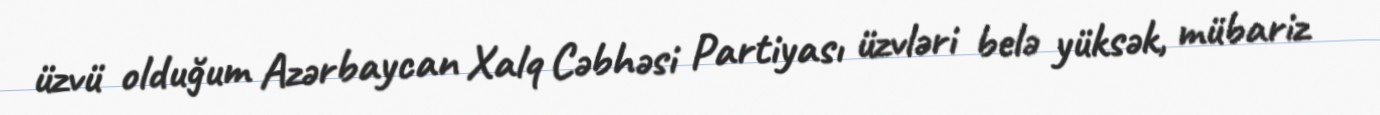
üzvü olduğum Azərbaycan Xalq Cəbhəsi Partiyası üzvləri belə yüksək, mübariz